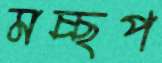
মচ্ছপ